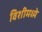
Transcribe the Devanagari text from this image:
विशीमध्ये